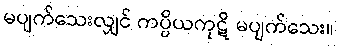
မပျက်သေးလျှင် ကပ္ပိယကုဋိ မပျက်သေး။